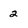
Character: 2